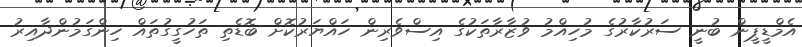
އެމްޑީޕީން ބުނީ ސަރުކާރުގެ މުހިއްމު ވުޒާރާތަކުގެ އިސްވެރިން ހައްޔަރުކޮށް ބޮޑެތި ތަހުގީގުތައް ހިންގަމުންދާއިރު